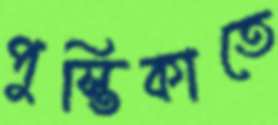
পুস্তিকাতে